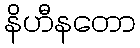
နိဟီနတော